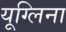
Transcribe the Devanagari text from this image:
यूग्लिना